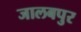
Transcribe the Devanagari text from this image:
जालबपुर